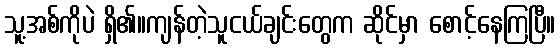
သူ့အစ်ကိုပဲ ရှိ၏။ကျန်တဲ့သူငယ်ချင်းတွေက ဆိုင်မှာ စောင့်နေကြပြီ။